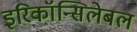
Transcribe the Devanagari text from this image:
इरिकॉन्सिलेबल